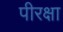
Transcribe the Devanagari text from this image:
पीरक्षा